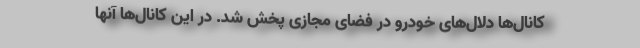
کانال‌ها دلال‌های خودرو در فضای مجازی پخش شد. در این کانال‌ها آنها